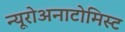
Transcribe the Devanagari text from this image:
न्यूरोअनाटोमिस्ट